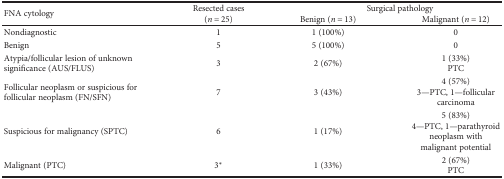
| <ROWSPAN=2> FNA cytology | <ROWSPAN=2> Resected cases(n = 25) | <COLSPAN=2> Surgical pathology |
 | Benign (n = 13) | Malignant (n = 12) |
 | --- | --- | --- | --- |
 | Nondiagnostic | 1 | 1 (100%) | 0 |
 | Benign | 5 | 5 (100%) | 0 |
 | Atypia/follicular lesion of unknown significance (AUS/FLUS) | 3 | 2 (67%) | 1 (33%) PTC |
 | Follicular neoplasm or suspicious for follicular neoplasm (FN/SFN) | 7 | 3 (43%) | 4 (57%) 3—PTC, 1—follicular carcinoma |
 | Suspicious for malignancy (SPTC) | 6 | 1 (17%) | 5 (83%) 4—PTC, 1—parathyroid neoplasm with malignant potential |
 | Malignant (PTC) | 3∗ | 1 (33%) | 2 (67%) PTC |